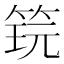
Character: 𬕎